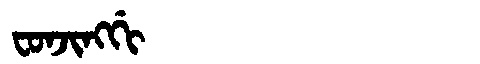
Manchu: ᠸᠣᠨᠵᡳᠩᡤᡳ
Romanization: FONJINGGI